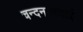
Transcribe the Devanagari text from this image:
चन्दनवरदाई